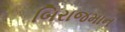
બિરાજમાન